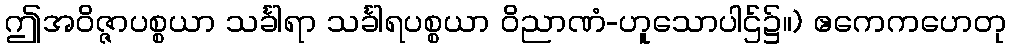
ဤအဝိဇ္ဇာပစ္စယာ သင်္ခါရာ သင်္ခါရပစ္စယာ ဝိညာဏံ-ဟူသောပါဌ်၌။) ဧကေကဟေတု